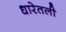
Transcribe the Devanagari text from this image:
धारेतली